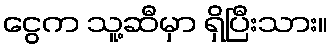
ငွေက သူ့ဆီမှာ ရှိပြီးသား။